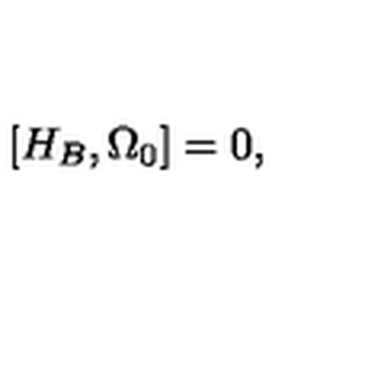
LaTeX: \left[ H _ { B } , \Omega _ { 0 } \right] = 0 ,